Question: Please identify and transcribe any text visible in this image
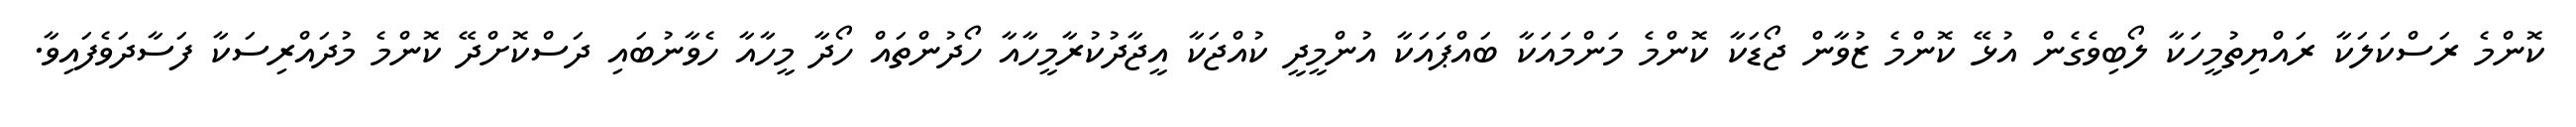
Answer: ކޮންމެ ރަސްކަލަކާ ރައްޔިތުމީހަކާ ލޯބިވެގެން އުޅޭ ކޮންމެ ޒުވާން ޖޯޑަކާ ކޮންމެ މަންމައަކާ ބައްޕައަކާ އުންމީދީ ކުއްޖަކާ އީޖާދުކުރާމީހާއާ ހޯދުންތައް ހޯދާ މީހާއާ ހެވާނުބައި ދަސްކޮށްދޭ ކޮންމެ މުދައްރިސަކާ ފަސާދަވެފައިވާ.